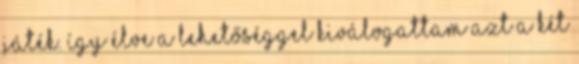
játék. Így élve a lehetőséggel kiválogattam azt a két